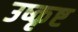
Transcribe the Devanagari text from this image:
उष्कृष्ट